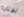
للإثارة